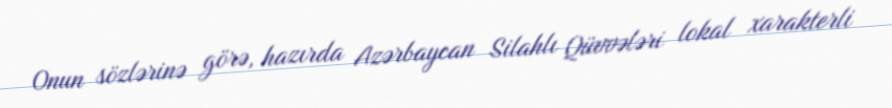
Onun sözlərinə görə, hazırda Azərbaycan Silahlı Qüvvələri lokal xarakterli